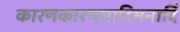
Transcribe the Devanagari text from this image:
कारणकारणमादिमनादिं